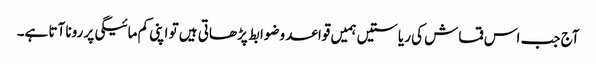
آج جب اس قماش کی ریاستیں ہمیں قواعد وضوابط پڑھاتی ہیں تو اپنی کم مائیگی پر رونا آتا ہے۔